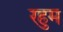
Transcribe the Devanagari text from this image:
रहुम